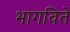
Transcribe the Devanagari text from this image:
भागविते